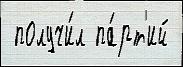
 получи́л па́рт'ий